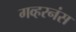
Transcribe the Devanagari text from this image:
गव्हरनंस